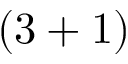
( 3 + 1 )